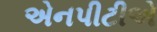
એનપીટીએ